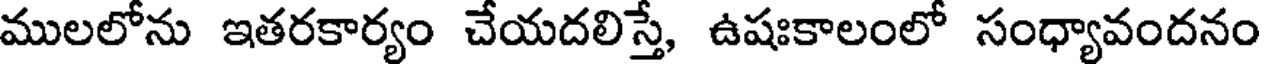
ములలోను ఇతరకార్యం చేయదలిస్తే, ఉషఃకాలంలో సంధ్యావందనం